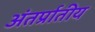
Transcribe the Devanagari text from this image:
अंतर्प्रातीय